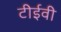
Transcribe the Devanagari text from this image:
टीईवी